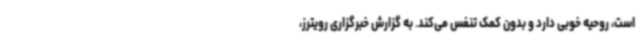
است، روحیه خوبی دارد و بدون کمک تنفس می‌کند. به گزارش خبرگزاری رویترز،